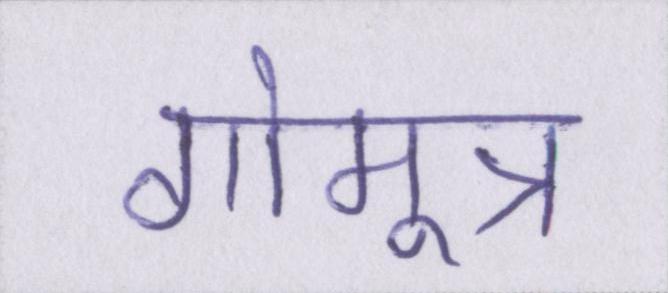
गोमूत्र